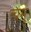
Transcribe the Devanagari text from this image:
त्वमु